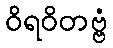
ဝိရဝိတဗ္ဗံ